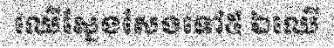
ឈើស្នែងសែងទៅ៥ ឯឈើ